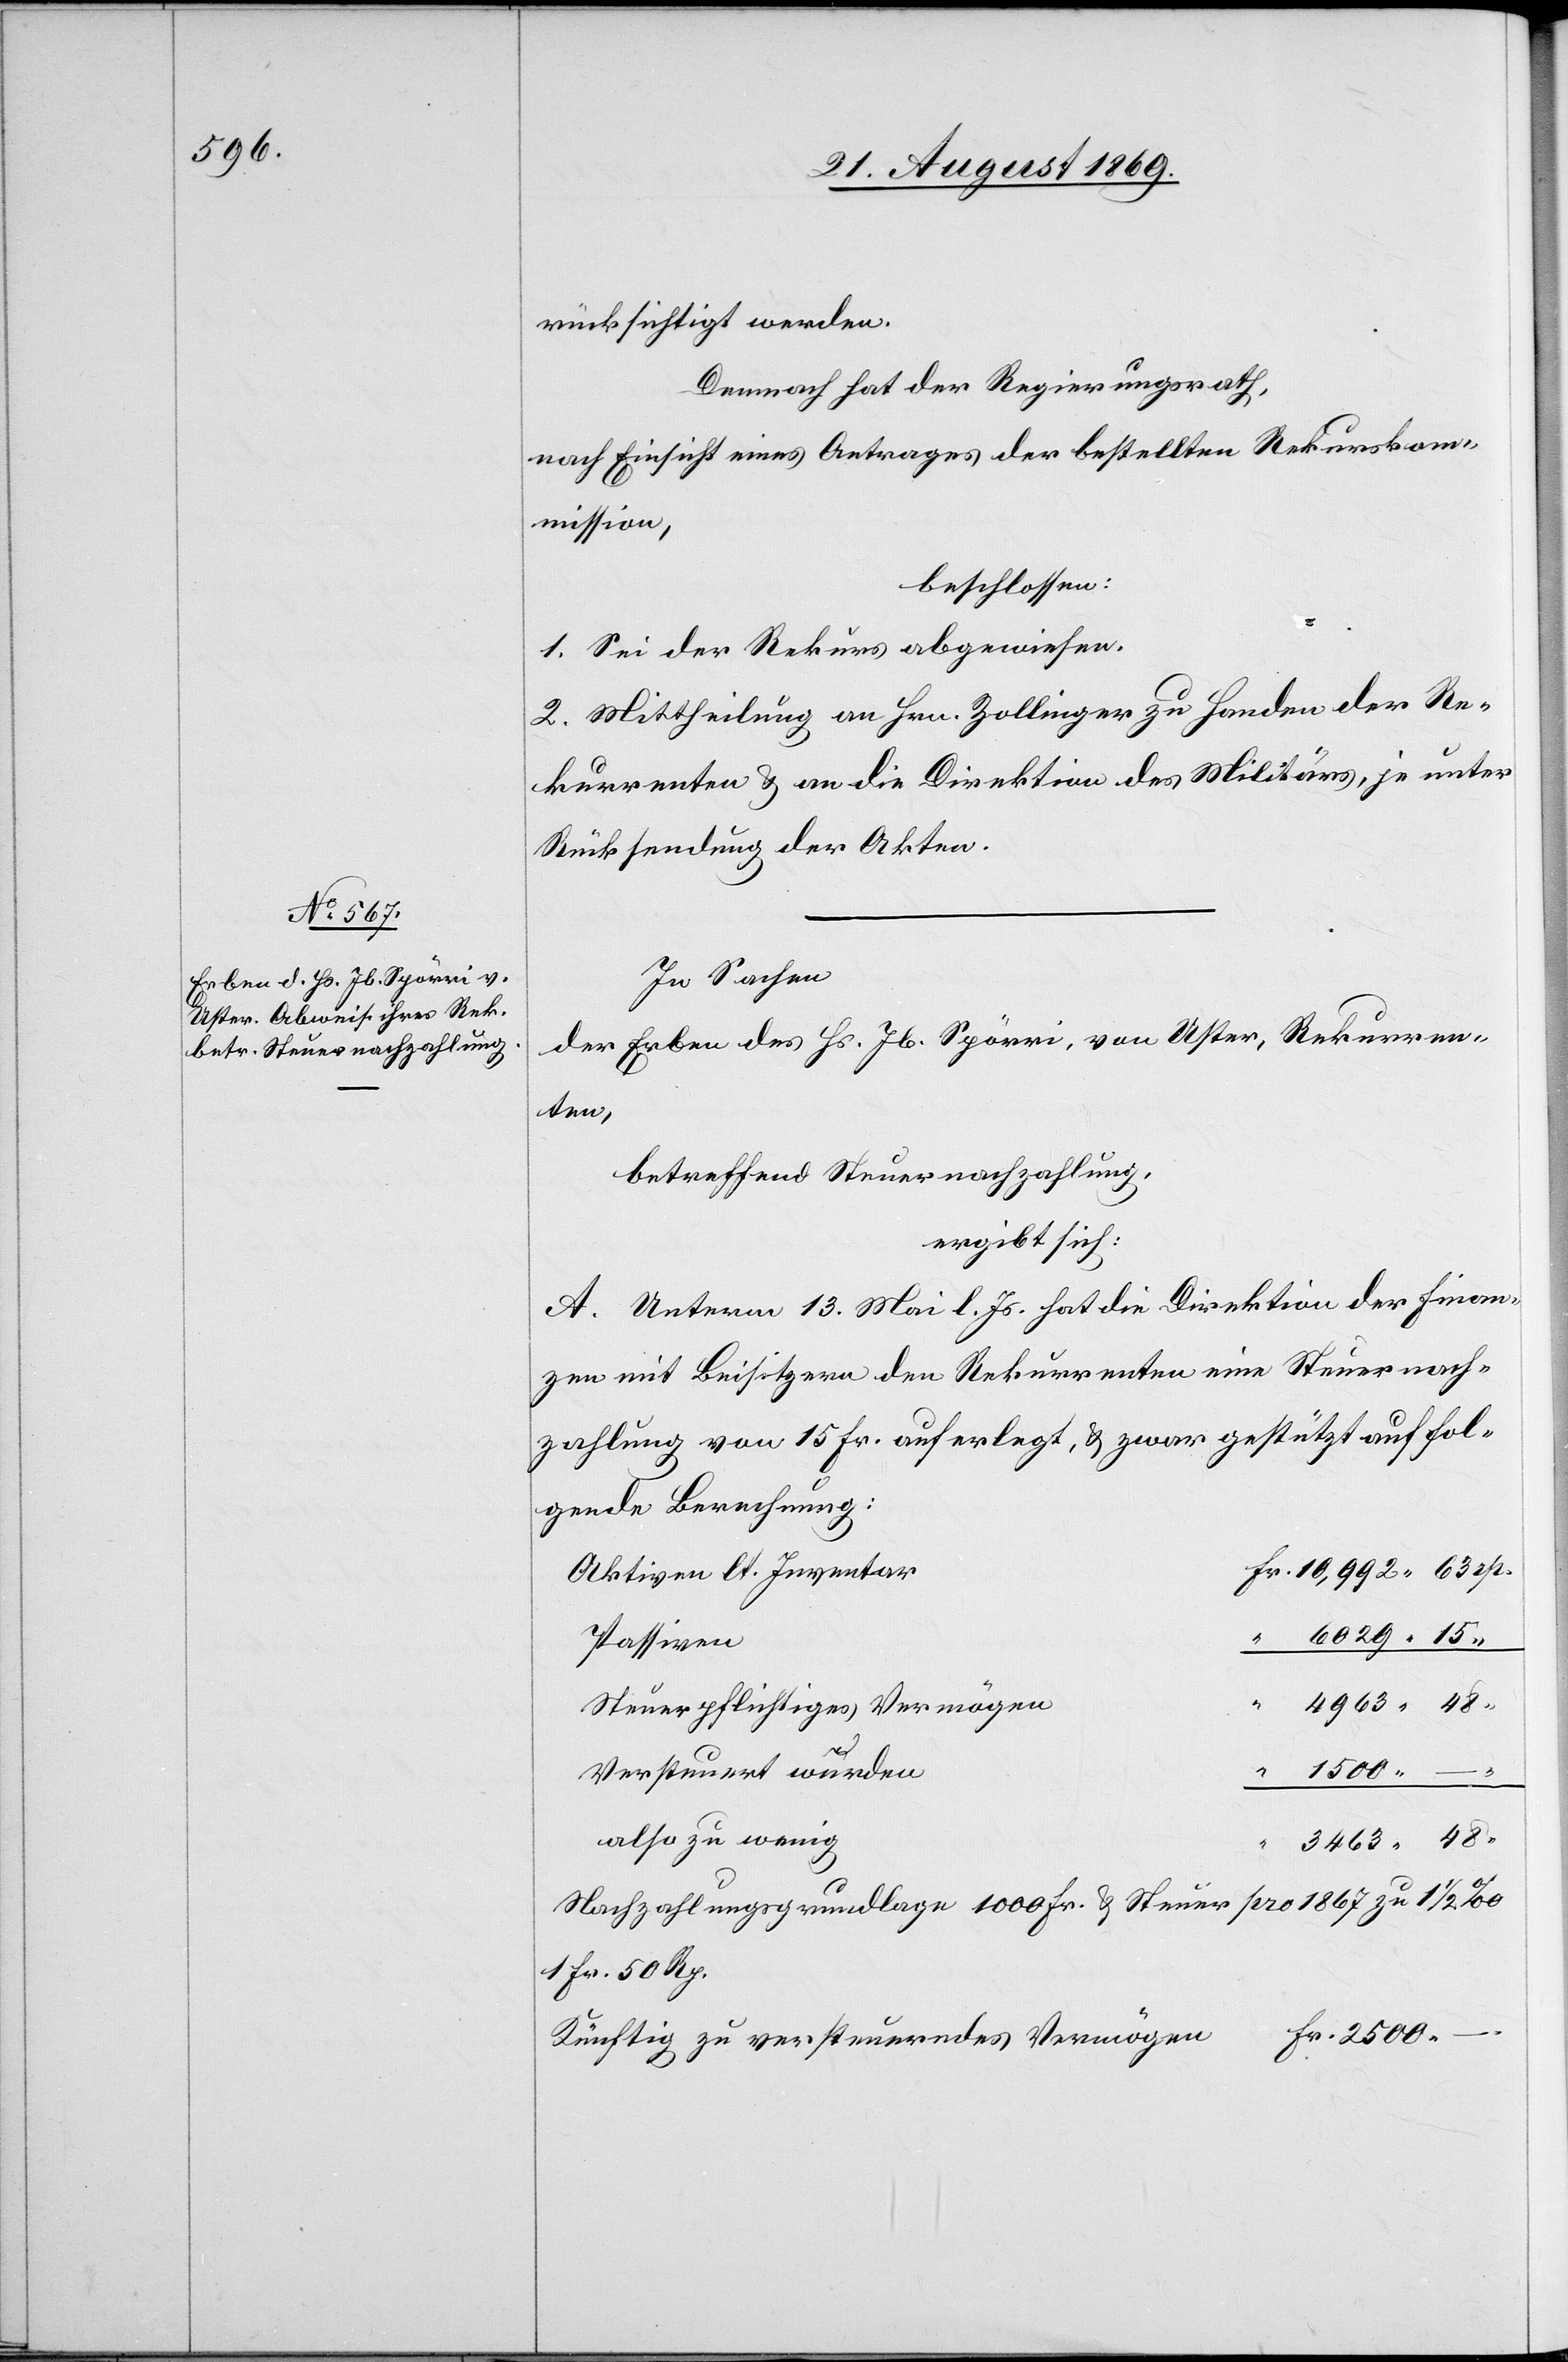
rücksichtigt werden.
Demnach hat der Regierungsrath,
nach Einsicht eines Antrages der bestellten Rekurskom¬
mission,
beschlossen:
1. Sei der Rekurs abgewiesen.
2. Mittheilung an Hrn. Zollinger zu Handen der Re¬
kurrenten & an die Direktion des Militärs, je unter
Rücksendung der Akten.
In Sachen
der Erben des Hs. Jb. Spörri, von Uster, Rekurren¬
ten,
betreffend Steuernachzahlung,
ergibt sich:
A. Unterm 13. Mai l. Js. hat die Direktion der Finan¬
zen mit Beisitzern den Rekurrenten eine Steuernach¬
zahlung von 15 Fr. auferlegt, & zwar gestützt auf fol¬
gende Berechnung:
Aktiven lt. Inventar
6029 15
Passiven
“
4963 48
Steuerpflichtiges Vermögen
“
1500 –
Versteuert wurden
also zu wenig
3463 48
“
Nachzahlungsgrundlage 1000 Fr. & Steuer pro 1867 zu 1 1/2‰
1 Fr. 50 Rp.
n	Fr. 2500 –.
Künftig zu versteuerndes Vermöge¬